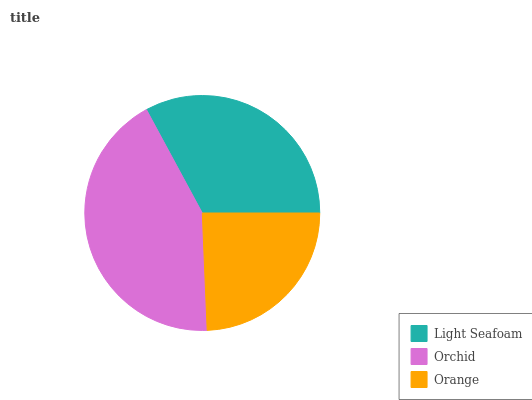
| Light Seafoam | Orchid | Orange |
 | --- | --- | --- |
 | 32.9% | 42.8% | 24.3% |